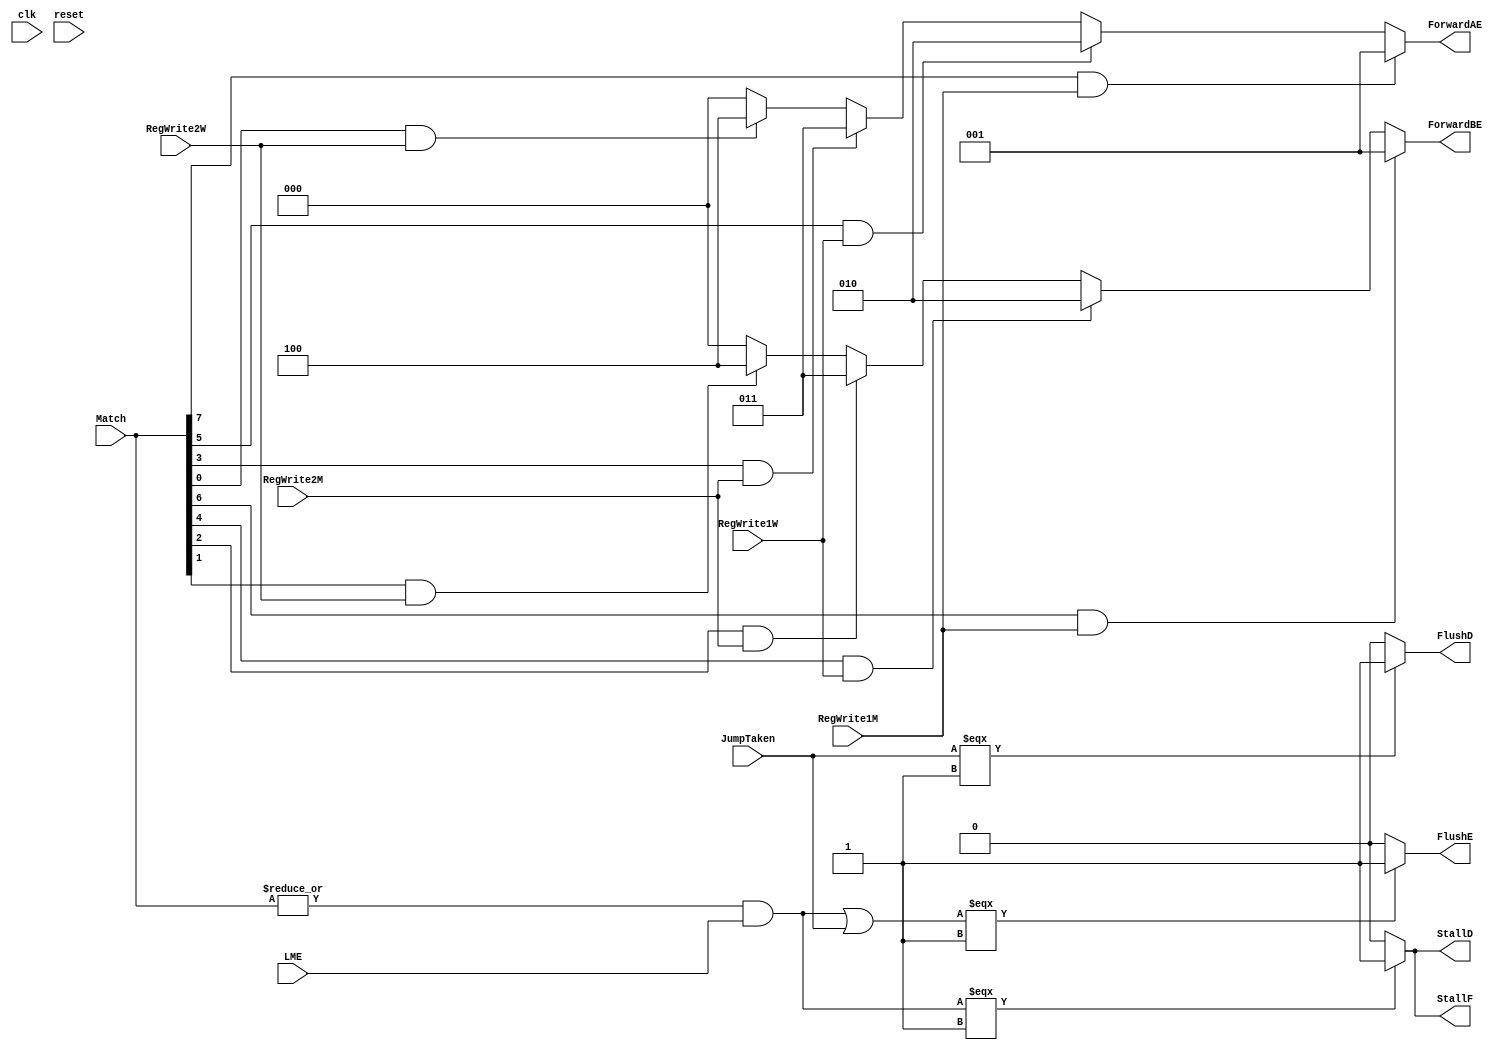
`timescale 1ns / 1ps

module hazardunit(
	 input clk, reset,
	 input LME, JumpTaken,
	 input RegWrite1W, RegWrite1M, RegWrite2W, RegWrite2M,
	 input [7:0] Match,
	 output reg [2:0] ForwardAE, 
	 output reg [2:0] ForwardBE,
	 output FlushE, FlushD, StallD, StallF
	 );
	 
	wire LDRstall;
	assign LDRstall = (|Match) & LME;
	assign StallF = (LDRstall === 1) ? 1 : 0;
	assign StallD = (LDRstall === 1) ? 1 : 0;
	assign FlushE = ((LDRstall | JumpTaken) === 1 ? 1 : 0);
	assign FlushD = (JumpTaken === 1) ? 1 : 0;
	
	wire Match_1E_M_1, Match_2E_M_1, Match_2E_W_1, Match_1E_W_1,
		  Match_1E_M_2, Match_2E_M_2, Match_2E_W_2, Match_1E_W_2;
	assign {Match_1E_M_1, Match_2E_M_1, Match_1E_W_1, Match_2E_W_1,
			  Match_1E_M_2, Match_2E_M_2, Match_2E_W_2, Match_1E_W_2} = Match;
	
	always @(*)
	begin
		if(Match_1E_M_1 & RegWrite1M) begin
			ForwardAE = 3'b001;	
		end else if(Match_1E_W_1 & RegWrite1W) begin
			ForwardAE = 3'b010;
		end else if(Match_1E_M_2 & RegWrite2M) begin
			ForwardAE = 3'b011;	
		end else if(Match_1E_W_2 & RegWrite2W) begin
			ForwardAE = 3'b100;			
		end else begin
			ForwardAE =	3'b000;
		end

		if(Match_2E_M_1 & RegWrite1M) begin
			ForwardBE = 3'b001;	
		end else if(Match_2E_W_1 & RegWrite1W) begin
			ForwardBE = 3'b010;	
		end else if(Match_2E_M_2 & RegWrite2M) begin
			ForwardBE = 3'b011;	
		end else if(Match_2E_W_2 & RegWrite2W) begin
			ForwardBE = 3'b100;				
		end else begin
			ForwardBE = 3'b000;	
		end
	end
endmodule